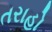
તરાહો